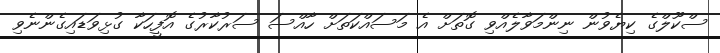
ސްކޫލްގެ ކިޔެވުން ނިންމަވާލެއްވި ގޮތަށް އެ މަސައްކަތަށް ހާއްސަ ސަރުކާރުގެ އޮފީހަކާ ގުޅިވަޑައިގެންނެވި